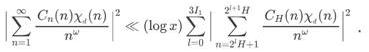
$\sum_{n=1}^{\infty} \frac{\left|C_{n}(\eta) \chi_{n}(\eta)\right|^{2}}{n^{w}} \ll(\log x)^{3 h} \sum_{l=0}^{2^{1+H}} \frac{\left|C_{H}(\eta) \chi_{n}(\eta)\right|^{2}}{n^{w} 2^{l+H+1}} .$